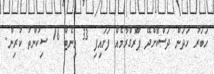
ހަބަރު ހަދަން ދަސްކޮށްދޭ ޕްރޮގްރާމެއް ފަށައިފި 33 މިނެޓް 16 ސިކުންތު ކުރިން.